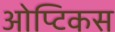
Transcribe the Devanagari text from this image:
ओप्टिकस